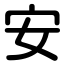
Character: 安